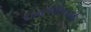
રામજાનકી